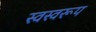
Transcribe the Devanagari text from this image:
स्वस्वरूप